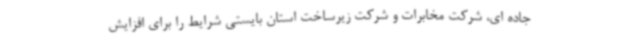
جاده ای، شرکت مخابرات و شرکت زیرساخت استان بایستی شرایط را برای افزایش